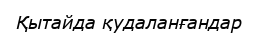
Қытайда қудаланғандар